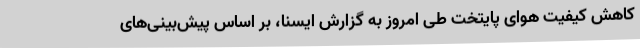
کاهش کیفیت هوای پایتخت طی امروز به گزارش ایسنا، بر اساس پیش‌بینی‌های